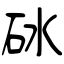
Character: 砅